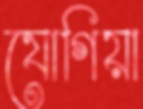
যোগিয়া